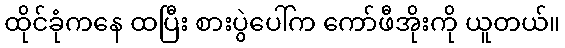
ထိုင်ခုံကနေ ထပြီး စားပွဲပေါ်က ကော်ဖီအိုးကို ယူတယ်။